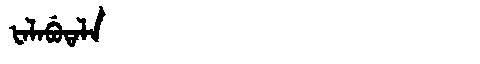
Manchu: ᡶᠠᠯᠠᠪᡠᡨᠠᠯᠠ
Romanization: FALABUTALA